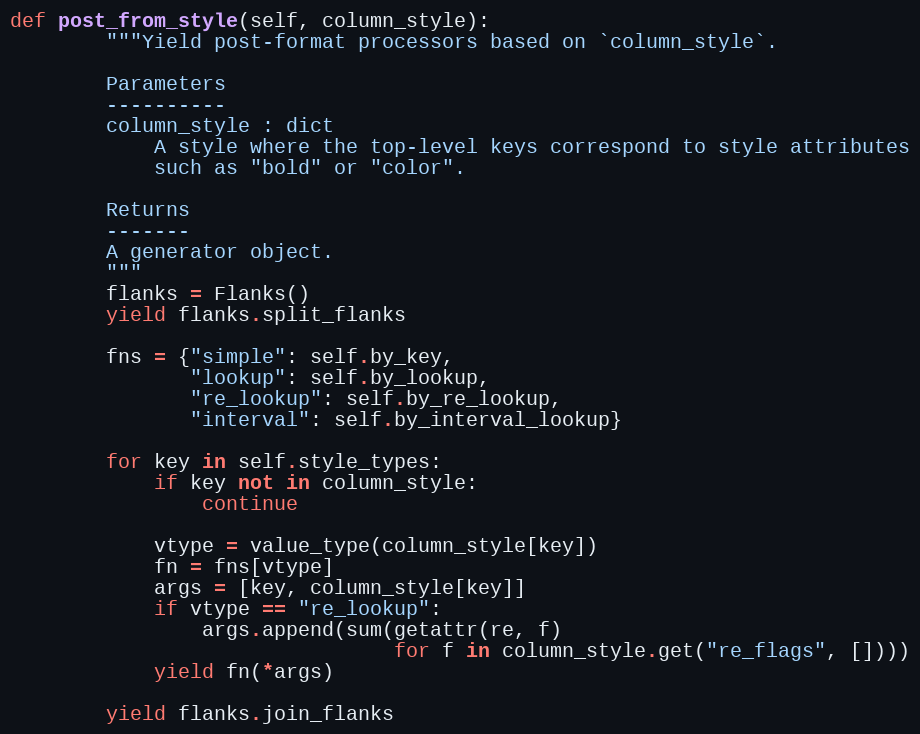
Language: Python
def post_from_style(self, column_style):
        """Yield post-format processors based on `column_style`.

        Parameters
        ----------
        column_style : dict
            A style where the top-level keys correspond to style attributes
            such as "bold" or "color".

        Returns
        -------
        A generator object.
        """
        flanks = Flanks()
        yield flanks.split_flanks

        fns = {"simple": self.by_key,
               "lookup": self.by_lookup,
               "re_lookup": self.by_re_lookup,
               "interval": self.by_interval_lookup}

        for key in self.style_types:
            if key not in column_style:
                continue

            vtype = value_type(column_style[key])
            fn = fns[vtype]
            args = [key, column_style[key]]
            if vtype == "re_lookup":
                args.append(sum(getattr(re, f)
                                for f in column_style.get("re_flags", [])))
            yield fn(*args)

        yield flanks.join_flanks